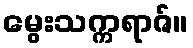
မွေးသက္ကရာဇ်။